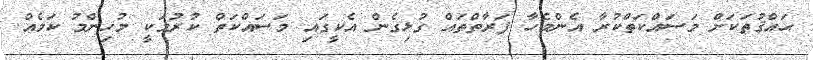
ޙައްޤުތަކަށް މަސައްކަތްކުރާ އެންމެހާ ފަރާތްތައް ގުޅިގެން އެކީގައި މަސައްކަތް ކުރުމަކީ މުހިންމު ކަމެއް.